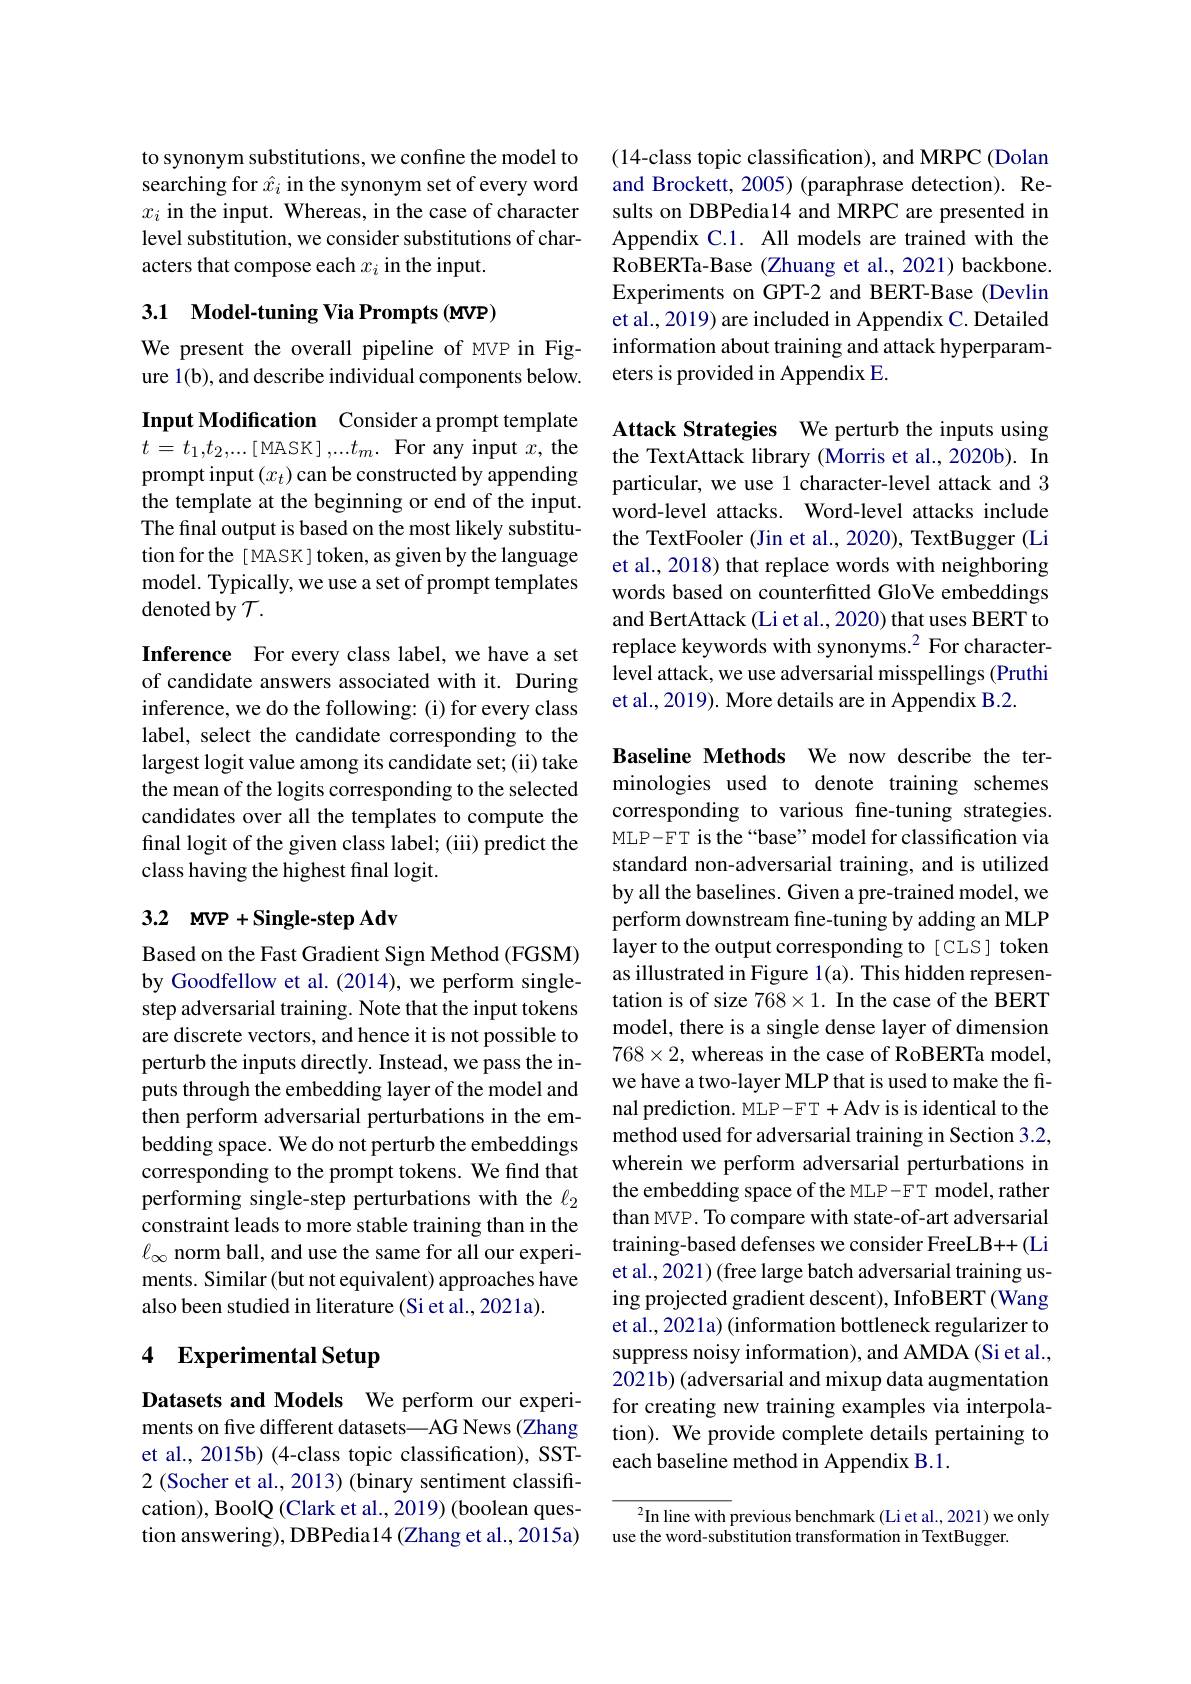
to synonym substitutions, we confine the model to searching for $\hat{x}_i$ in the synonym set of every word $x_i$ in the input. Whereas, in the case of character level substitution, we consider substitutions of characters that compose each $x_i$ in the input.

## 3.1 Model-tuning Via Prompts (MVP)

We present the overall pipeline of MVP in Figure 1(b), and describe individual components below.

Input Modification Consider a prompt template $t=t_1,t_2,...[$MASK]$,...t_m.$ For any input $x$,the prompt input $(x_t)$ can be constructed by appending the template at the beginning or end of the input. The final output is based on the most likely substitution for the [ MASK ] token, as given by the language model. Typically, we use a set of prompt templates denoted by $\mathcal{T}.$

Inference For every class label, we have a set of candidate answers associated with it. During inference, we do the following: (i) for every class label, select the candidate corresponding to the largest logit value among its candidate set; (ii) take the mean of the logits corresponding to the selected candidates over all the templates to compute the final logit of the given class label; (iii) predict the class having the highest final logit.

## 3.2 MVP +Single-step Adv

Based on the Fast Gradient Sign Method (FGSM) by Goodfellow et al.(2014), we perform singlestep adversarial training. Note that the input tokens are discrete vectors, and hence it is not possible to perturb the inputs directly. Instead, we pass the inputs through the embedding layer of the model and then perform adversarial perturbations in the embedding space. We do not perturb the embeddings corresponding to the prompt tokens. We find that performing single-step perturbations with the $\ell_2$ constraint leads to more stable training than in the $\ell_{\infty}$ norm ball, and use the same for all our experiments. Similar(but not equivalent) approaches have also been studied in literature (Si et al., 2021a).

## 4 Experimental Setup

Datasets and Models We perform our experiments on five different datasets—AG News (Zhang et al., 2015b) (4-class topic classification), SST- 2 (Socher et al., 2013) (binary sentiment classification), BoolQ (Clark et al., 2019) (boolean question answering), DBPedia14 (Zhang et al., 2015a)

(14-class topic classification), and MRPC (Dolan and Brockett, 2005) (paraphrase detection). Results on DBPedia14 and MRPC are presented in Appendix C.1. All models are trained with the RoBERTa-Base (Zhuang et al., 2021) backbone. Experiments on GPT-2 and BERT-Base (Devlin et al., 2019) are included in Appendix C. Detailed information about training and attack hyperparameters is provided in Appendix E.

Attack Strategies We perturb the inputs using the TextAttack library (Morris et al., 2020b). In particular, we use 1 character-level attack and 3 word-level attacks. Word-level attacks include the TextFooler (Jin et al., 2020), TextBugger (Li et al., 2018) that replace words with neighboring words based on counterfitted GloVe embeddings and BertAttack (Li et al., 2020) that uses BERT to replace keywords with synonyms.$^2$ For characterlevel attack, we use adversarial misspellings (Pruthi et al., 2019). More details are in Appendix B.2.

Baseline Methods We now describe the terminologies used to denote training schemes corresponding to various fine-tuning strategies. MLP-FT is the “base”model for classification via standard non-adversarial training, and is utilized by all the baselines. Given a pre-trained model, we perform downstream fine-tuning by adding an MLP layer to the output corresponding to [ CLS ] token as illustrated in Figure 1(a). This hidden representation is of size $768\times1.$ In the case of the BERT model, there is a single dense layer of dimension $768\times2$, whereas in the case of RoBERTa model, we have a two-layer MLP that is used to make the final prediction. MLP-FT + Adv is is identical to the method used for adversarial training in Section 3.2, wherein we perform adversarial perturbations in the embedding space of the MLP- F T model, rather than MVP. To compare with state-of-art adversarial training-based defenses we consider FreeLB++(Li et al., 2021) (free large batch adversarial training using projected gradient descent), InfoBERT (Wang et al., 2021a) (information bottleneck regularizer to suppress noisy information), and AMDA (Si et al., 2021b) (adversarial and mixup data augmentation for creating new training examples via interpolation). We provide complete details pertaining to each baseline method in Appendix B.1.

$^2$In line with previous benchmark (Li et al., 2021) we only
use the word-substitution transformation in TextBugger.